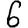
Digit: 6